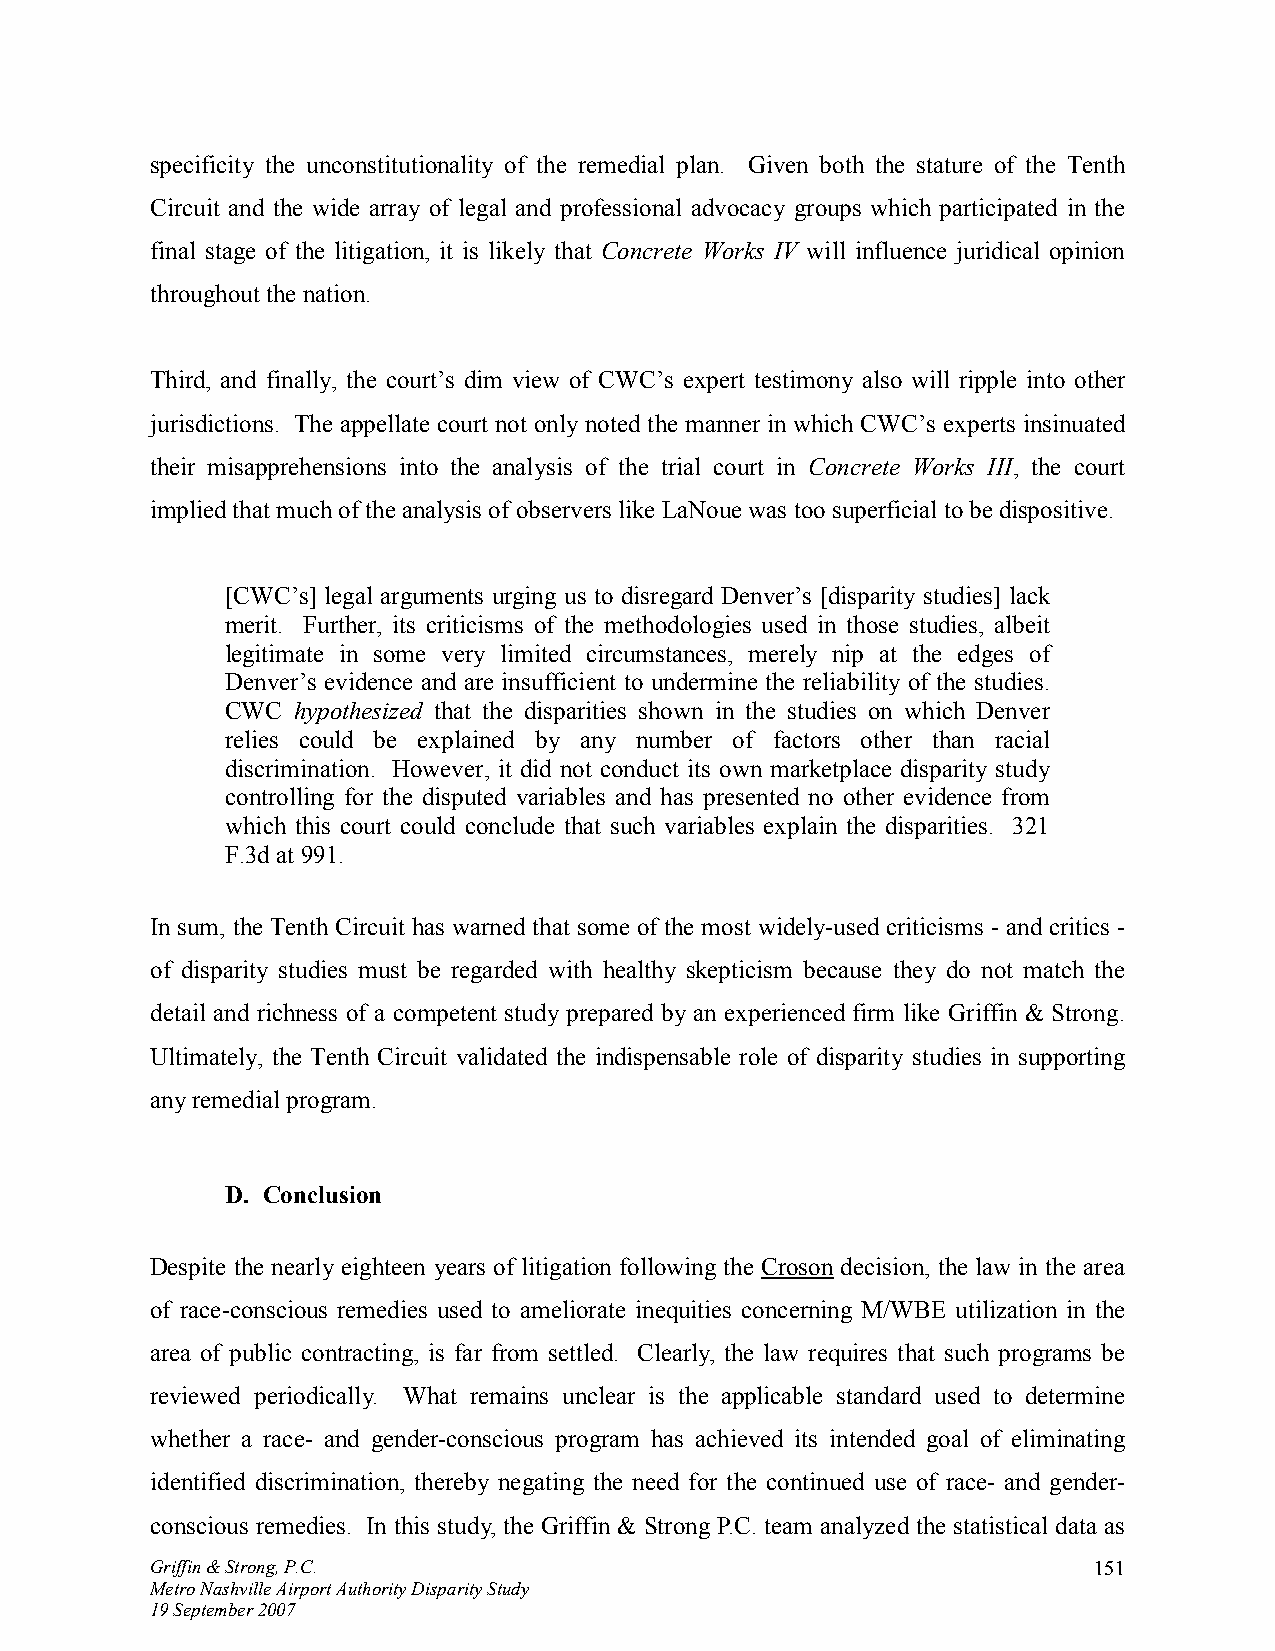
specificity the unconstitutionality of the remedial plan. Given both the stature of the Tenth
 Circuit and the wide array of legal and professional advocacy groups which participated in the
 final stage of the litigation, it is likely that Concrete Works IV will influence juridical opinion
 throughout the nation.
 Third, and finally, the court’s dim view of CWC’s expert testimony also will ripple into other
 jurisdictions. The appellate court not only noted the manner in which CWC’s experts insinuated
 their misapprehensions into the analysis of the trial court in Concrete Works III, the court
 implied that much of the analysis of observers like LaNoue was too superficial to be dispositive.
 [CWC’s] legal arguments urging us to disregard Denver’s [disparity studies] lack
 merit. Further, its criticisms of the methodologies used in those studies, albeit
 legitimate in some very limited circumstances, merely nip at the edges of
 Denver’s evidence and are insufficient to undermine the reliability of the studies.
 CWC hypothesized that the disparities shown in the studies on which Denver
 relies could be explained by any number of factors other than racial
 discrimination. However, it did not conduct its own marketplace disparity study
 controlling for the disputed variables and has presented no other evidence from
 which this court could conclude that such variables explain the disparities. 321
 F.3d at 991.
 In sum, the Tenth Circuit has warned that some of the most widely-used criticisms - and critics -
 of disparity studies must be regarded with healthy skepticism because they do not match the
 detail and richness of a competent study prepared by an experienced firm like Griffin & Strong.
 Ultimately, the Tenth Circuit validated the indispensable role of disparity studies in supporting
 any remedial program.
 D. Conclusion
 Despite the nearly eighteen years of litigation following the Croson decision, the law in the area
 of race-conscious remedies used to ameliorate inequities concerning M/WBE utilization in the
 area of public contracting, is far from settled. Clearly, the law requires that such programs be
 reviewed periodically. What remains unclear is the applicable standard used to determine
 whether a race- and gender-conscious program has achieved its intended goal of eliminating
 identified discrimination, thereby negating the need for the continued use of race- and gender-
 conscious remedies. In this study, the Griffin & Strong P.C. team analyzed the statistical data as
 Griffin & Strong, P.C.                                        151
 Metro Nashville Airport Authority Disparity Study
 19 September 2007